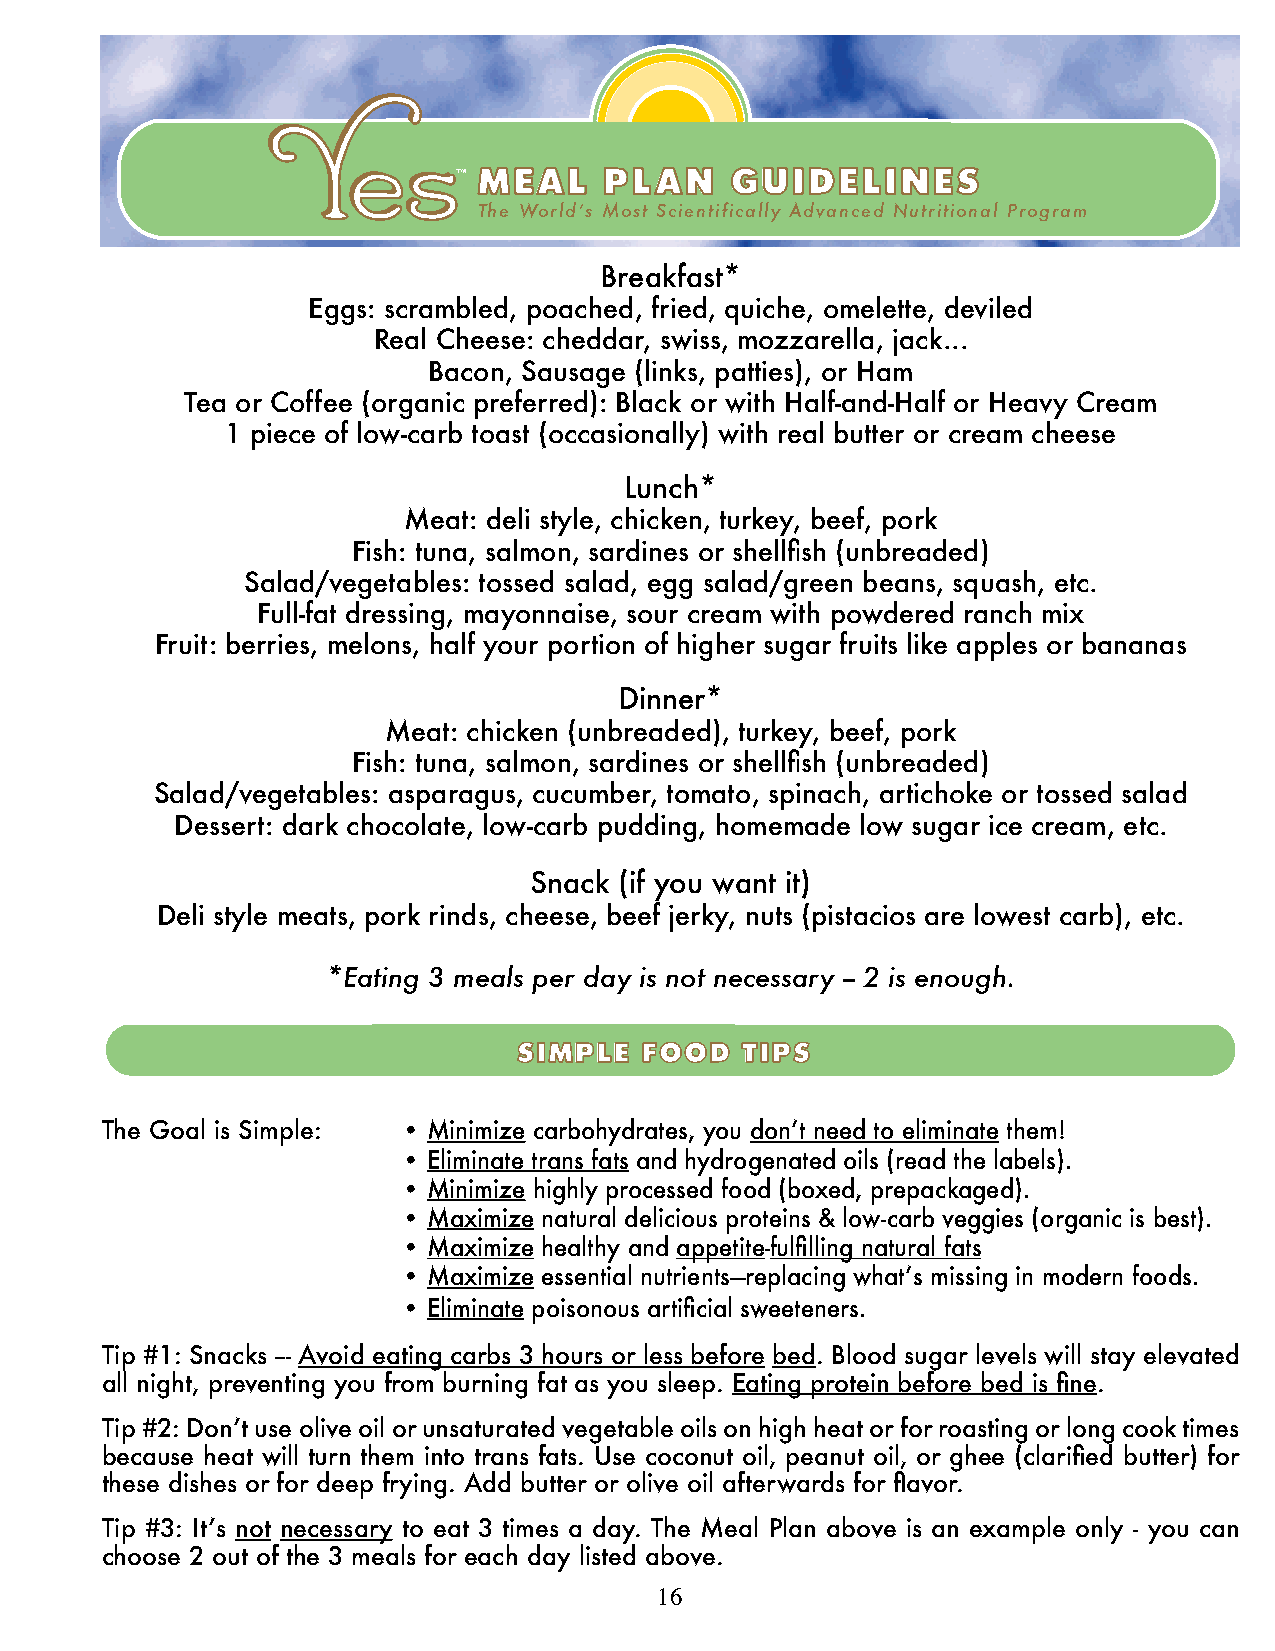
™ MEAL    PLAN    GUIDELINES
 The Worldʼs Most Scientifically Advanced Nutritional Program
 Breakfast*
 Eggs: scrambled, poached, fried, quiche, omelette, deviled
 Real Cheese: cheddar, swiss, mozzarella, jack...
 Bacon, Sausage (links, patties), or Ham
 Tea or Coffee (organic preferred): Black or with Half-and-Half or Heavy Cream
 1 piece of low-carb toast (occasionally) with real butter or cream cheese
 Lunch*
 Meat: deli style, chicken, turkey, beef, pork
 Fish: tuna, salmon, sardines or shellfish (unbreaded)
 Salad/vegetables: tossed salad, egg salad/green beans, squash, etc.
 Full-fat dressing, mayonnaise, sour cream with powdered ranch mix
 Fruit: berries, melons, half your portion of higher sugar fruits like apples or bananas
 Dinner*
 Meat: chicken (unbreaded), turkey, beef, pork
 Fish: tuna, salmon, sardines or shellfish (unbreaded)
 Salad/vegetables: asparagus, cucumber, tomato, spinach, artichoke or tossed salad
 Dessert: dark chocolate, low-carb pudding, homemade low sugar ice cream, etc.
 Snack (if you want it)
 Deli style meats, pork rinds, cheese, beef jerky, nuts (pistacios are lowest carb), etc.
 *Eating 3 meals per day is not necessary -- 2 is enough.
 SIMPLE   FOOD  TIPS
 The Goal is Simple: • Minimize carbohydrates, you don’t need to eliminate them!
 •     Eliminate trans fats and hydrogenated oils (read the labels).
 •     Minimize highly processed food (boxed, prepackaged).
 •     Maximize natural delicious proteins & low-carb veggies (organic is best).
 •     Maximize healthy and appetite-fulfilling natural fats
 •     Maximize essential nutrients—replacing what’s missing in modern foods.
 •     Eliminate poisonous artificial sweeteners.
 Tip #1: Snacks --- Avoid eating carbs 3 hours or less before bed. Blood sugar levels will stay elevated
 all night, preventing you from burning fat as you sleep. Eating protein before bed is fine.
 Tip #2: Don’t use olive oil or unsaturated vegetable oils on high heat or for roasting or long cook times
 because heat will turn them into trans fats. Use coconut oil, peanut oil, or ghee (clarified butter) for
 these dishes or for deep frying. Add butter or olive oil afterwards for flavor.
 Tip #3: It’s not necessary to eat 3 times a day. The Meal Plan above is an example only - you can
 choose 2 out of the 3 meals for each day listed above.
 16